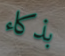
بذكاء